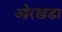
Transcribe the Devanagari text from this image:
ओरखडा